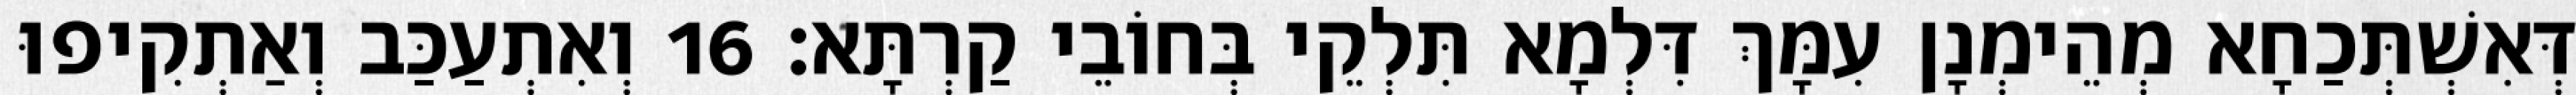
דְּאִשְׁתְּכַחָא מְהֵימְנָן עִמָּךְ דִּלְמָא תִּלְקֵי בְּחוֹבֵי קַרְתָּא׃ 16 וְאִתְעַכַּב וְאַתְקִיפוּ